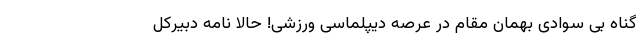
گناه بی سوادی بهمان مقام در عرصه دیپلماسی ورزشی! حالا نامه دبیرکل